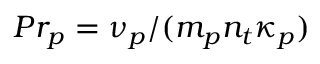
P r _ { p } = \nu _ { p } / ( m _ { p } n _ { t } \kappa _ { p } )